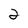
Character: 2